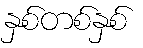
နှစ်တစ်နှစ်